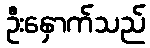
ဦးနှောက်သည်